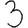
Digit: 3